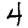
Digit: 4